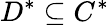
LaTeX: D^{*}\subseteq C^{*}